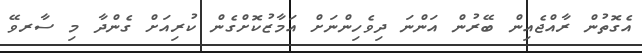
އެގޮތުން ރާއްޖެއިން ބޭރުން އަންނަ ދިވެހިންނަށް އަމާޒުކޮށްގެން ކުރިއަށް ގެންދާ މި ސާރވޭ